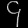
Digit: ၄